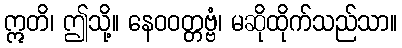
ဣတိ၊ ဤသို့။ နေဝဝတ္တဗ္ဗံ၊ မဆိုထိုက်သည်သာ။